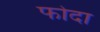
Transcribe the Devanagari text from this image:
फोदा